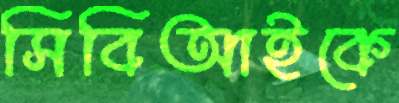
সিবিআইকে